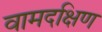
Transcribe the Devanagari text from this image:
वामदक्षिण